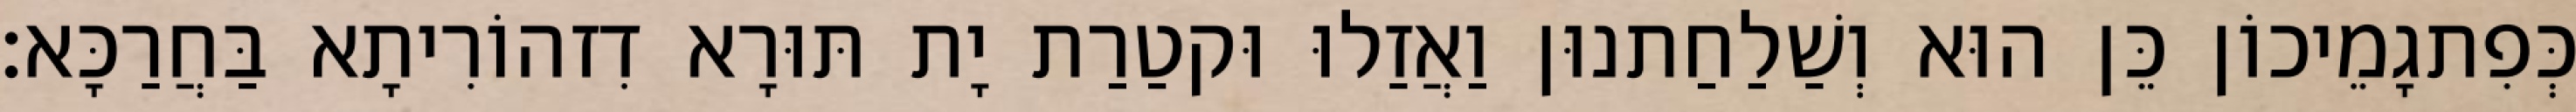
כְּפִתגָמֵיכוֹן כֵּן הוּא וְשַׁלַחַתנוּן וַאֲזַלוּ וּקטַרַת יָת תּוּרָא דִזהוֹרִיתָא בַּחֲרַכָּא׃